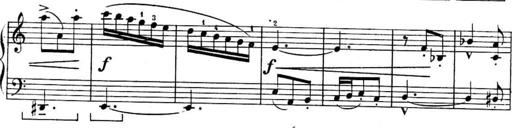
Title: Sonatines
Composer: Hedwige ChrÃ©tien